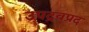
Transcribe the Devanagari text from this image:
उपद्रवप्रद